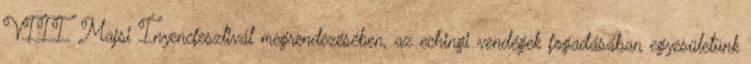
VIII. Majsi Ínyencfesztivál megrendezésében, az echingi vendégek fogadásában egyesületünk